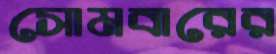
সোমবারের